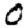
Digit: 0